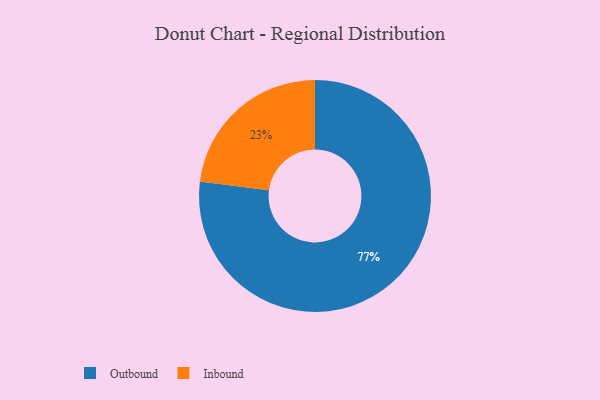
{"axis": {"x": "Category", "y": "Percentage"}, "legend": ["Inbound", "Outbound"], "data": [{"x": "Outbound", "y": 77, "type": "Outbound"}, {"x": "Inbound", "y": 23, "type": "Inbound"}]}